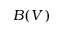
B ( V )